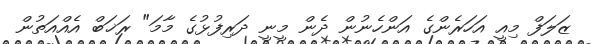
ޒަލަފް މިއީ އަހަރެންގެ އަންހެނުން ދެން މީނީ ދަރިފުޅުގެ މާމަ" ރަޚަބް އެއްއަތުން